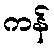
ကန်